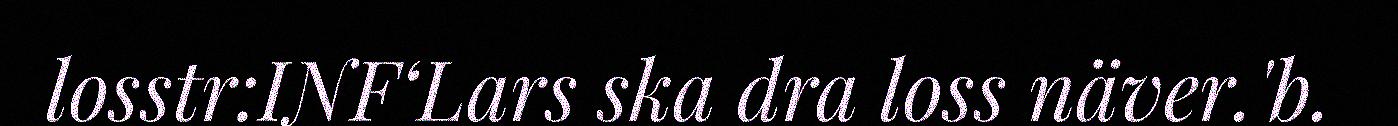
losstr:INF‘Lars ska dra loss näver.'b.